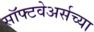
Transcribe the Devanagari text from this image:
सॉफ्टवेअर्सच्या